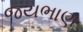
જયભાણ